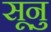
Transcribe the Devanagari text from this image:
सूनु